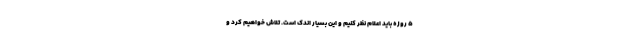
۵ روزه باید اعلام نظر کنیم و این بسیار اندک است. تلاش خواهیم کرد و